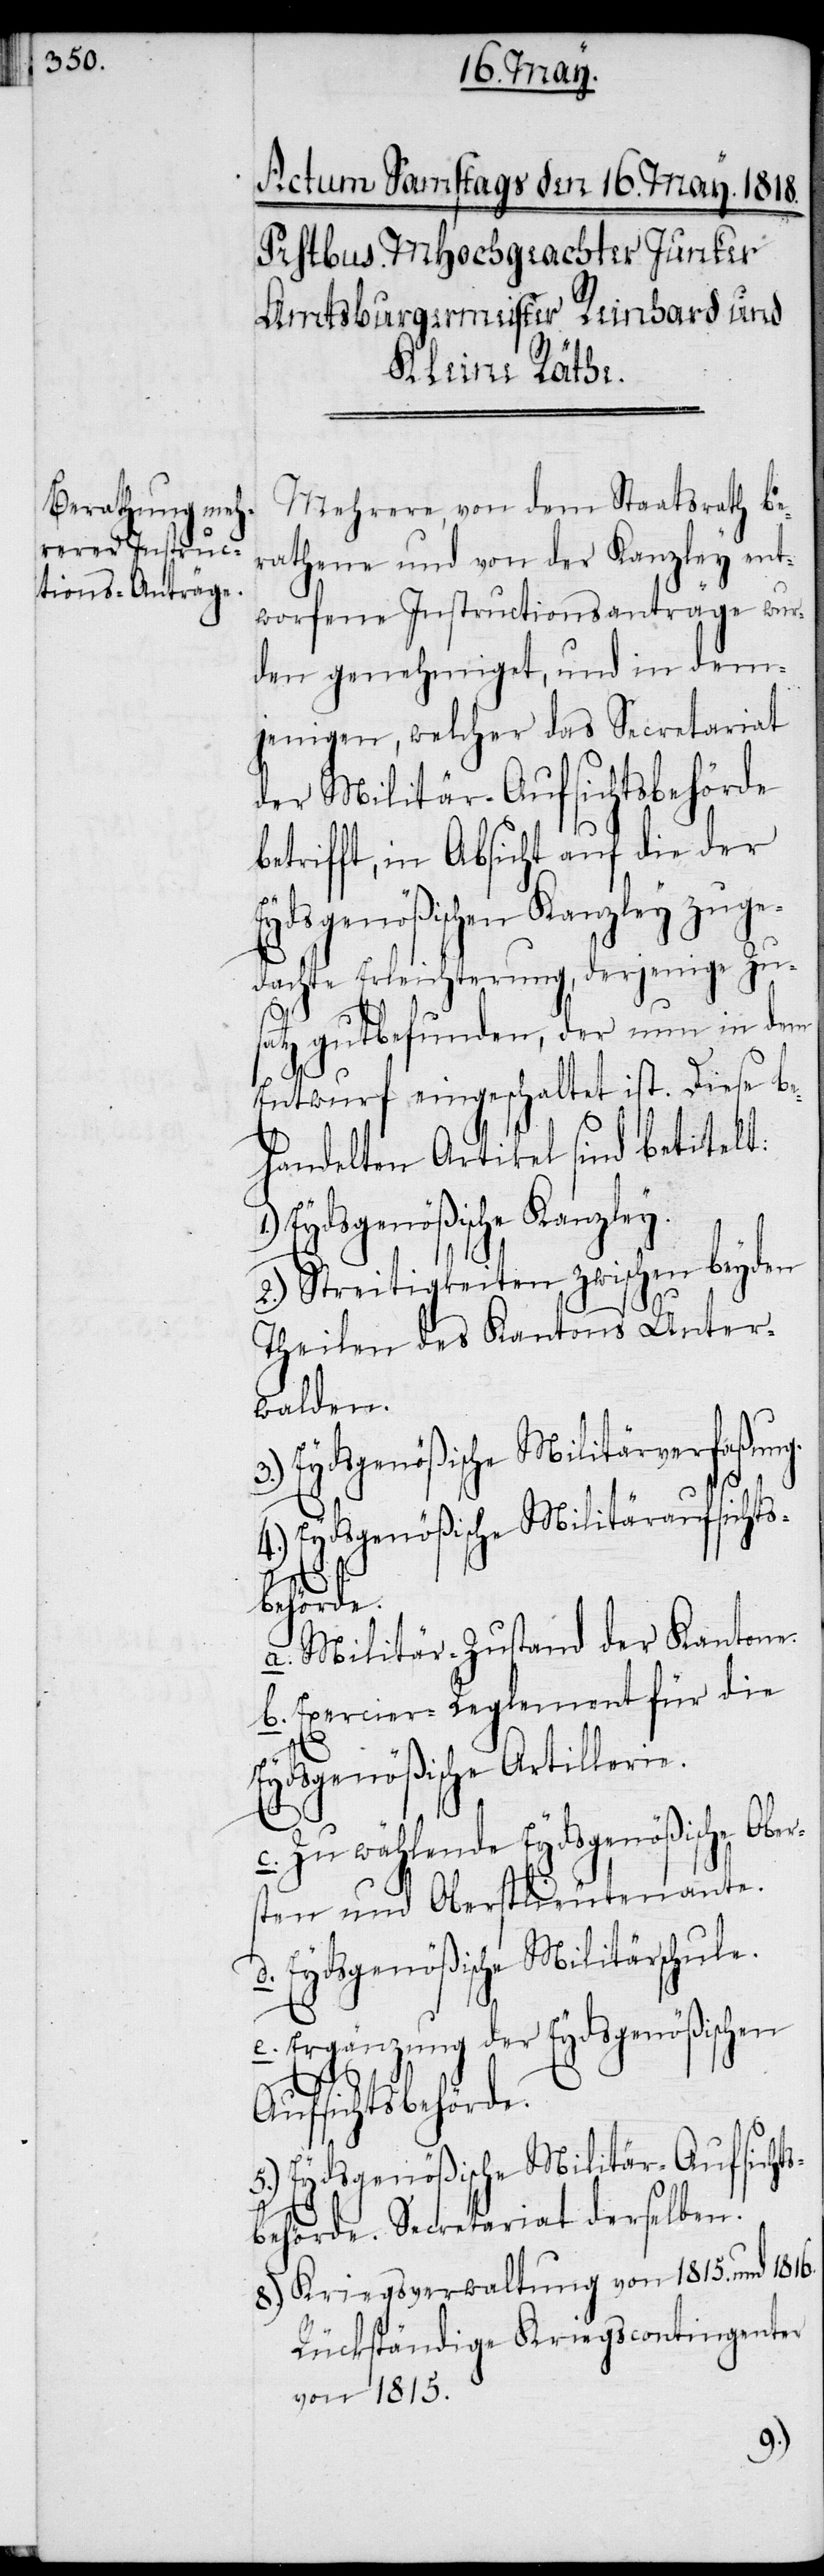
Mehrere, von dem Staatsrath be¬
rathene und von der Kanzley ent¬
worfene Instructionsanträge wur¬
den genehmiget, und in dem¬
jenigen, welcher das Secretariat
der Militär-Aufsichtsbehörde
betrifft, in Absicht auf die der
Eydsgenößischen Kanzley zuge¬
dachte Erleichterung, derjenige Zus¬
atz gutbefunden, der nun in dem
Entwurf eingeschaltet ist. Diese be¬
handelten Artikel sind betitelt:
Eydsgenößische Kanzley.
2.) Streitigkeiten zwischen beyden
Theilen des Kantons Unter¬
walden.
Eydsgenößische Militärverfaßung.
4.) Eydsgenößische Militäraufsichts¬
bers¬
a. Militär-Zustand der Kantone.
b. Exercier-Reglement für die
Eydsgenößische Artillerie.
Zu wählende Eydsgenößische O¬
ten und Oberstlieutenante.
d. Eydsgenößische Militärschule.
e. Ergänzung der Eydsgenößischen
Aufsichtsbehörde.
5.) Eydsgenößische Militär-Aufsichts¬
behörde. Secretariat derselben.
8.) Kriegsverwaltung von 1815. und 1816.
Rückständige Kriegscontingenter
von 1815.